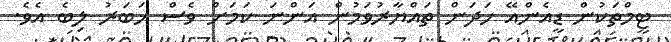
ޓީމްތަކުން ޑީއެންއޭ ހަދަން ތައްޔާރުވަމުން އަންނަ ކަމަށް ވެސް ޚަބަރު ލިބެ އެވެ.